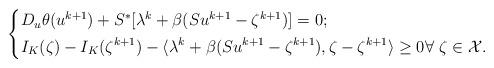
LaTeX: \begin{align*}\left\{\begin{aligned}& D_u\theta(u^{k+1}) + S^*[\lambda^k + \beta(Su^{k+1} - \zeta^{k+1})] = 0;\\& I_K(\zeta) - I_K(\zeta^{k+1}) - \langle\lambda^k + \beta(Su^{k+1} - \zeta^{k+1}) ,\zeta - \zeta^{k+1}\rangle\geq 0\forall\ \zeta\in \mathcal{X}.\end{aligned}\right.\end{align*}